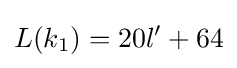
L(k_{1})=20l'+64